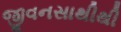
જીવનસાથીથી